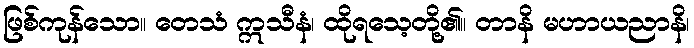
ဖြစ်ကုန်သော။ တေသံ ဣသီနံ၊ ထိုရသေ့တို့၏။ တာနိ မဟာယညာနိ၊